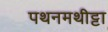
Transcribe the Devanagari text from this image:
पथनमथीट्टा